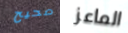
صحيح الماعز